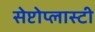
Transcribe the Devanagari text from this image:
सेप्टोप्लास्टी